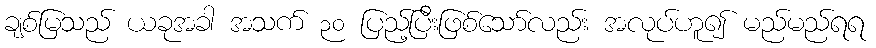
ချစ်မြသည် ယခုအခါ အသက် ၃၀ ပြည့်ပြီးဖြစ်သော်လည်း အလုပ်ဟူ၍ မည်မည်ရရ